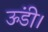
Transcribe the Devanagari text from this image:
ऊंडी।